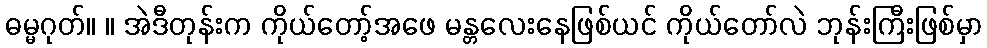
ဓမ္မဂုတ်။ ။ အဲဒီတုန်းက ကိုယ်တော့်အဖေ မန္တလေးနေဖြစ်ယင် ကိုယ်တော်လဲ ဘုန်းကြီးဖြစ်မှာ